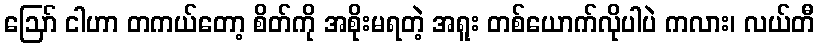
ဪ ငါဟာ တကယ်တော့ စိတ်ကို အစိုးမရတဲ့ အရူး တစ်ယောက်လိုပါပဲ ကလား၊ လယ်တီ